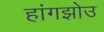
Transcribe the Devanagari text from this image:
हांगझोउ